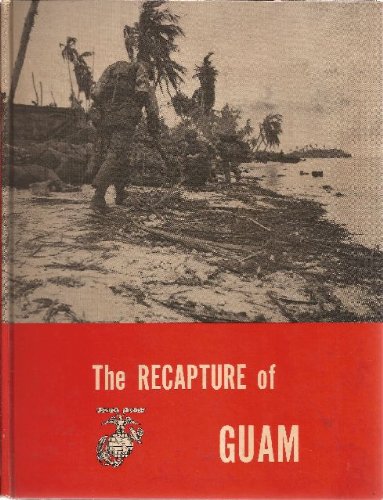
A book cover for The Recapture of Guam **U.S. Marine WWII Monograph Series No. 12**; O.R. (Major, USMC) Lodge; Travel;